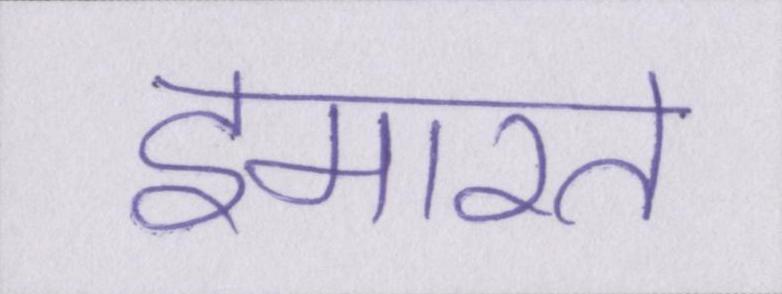
इमारत